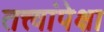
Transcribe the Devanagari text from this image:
तत्त्वांपेक्षा